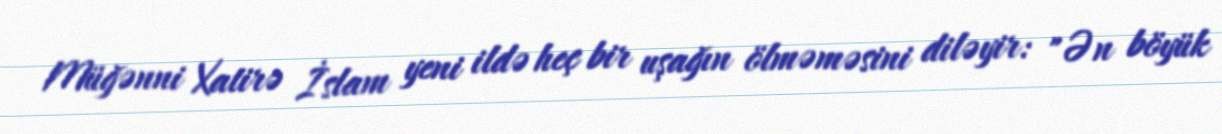
Müğənni Xatirə İslam yeni ildə heç bir uşağın ölməməsini diləyir: "Ən böyük